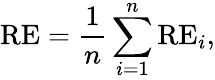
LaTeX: \mathrm{{RE}}=\frac{1}{n}\sum_{i=1}^{n}\mathrm{{RE}}_{i},